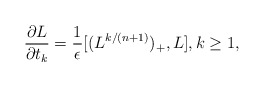
\begin{align*}\frac{\partial L}{\partial t_k} = \frac1{\epsilon} [(L^{k/(n+1)})_+ , L],k\ge 1,\end{align*}